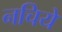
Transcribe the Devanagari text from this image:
नचिये